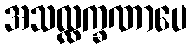
အသလ္လက္ခဏာပေ